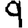
Digit: 9